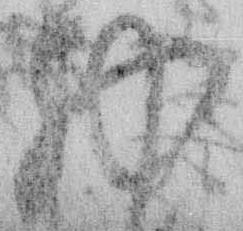
物